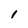
Character: l